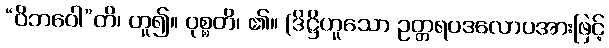
“ဝိဘဝေါ”တိ၊ ဟူ၍။ ဝုစ္စတိ၊ ၏။ (ဒိဋ္ဌိဟူသော ဥတ္တရပဒလောပအားဖြင့်